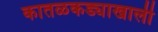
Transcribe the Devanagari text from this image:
कातळकड्याखाली